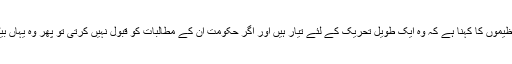
کسانوں کی تنظیموں کا کہنا ہے کہ وہ ایک طویل تحریک کے لئے تیار ہیں اور اگر حکومت ان کے مطالبات کو قبول نہیں کرتی تو پھر وہ یہاں بیٹھ جائیں گے۔